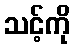
သင့်ကို